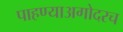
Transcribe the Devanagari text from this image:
पाहण्याअगोदरच